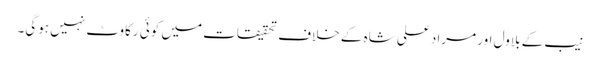
نیب کے بلاول اور مراد علی شاہ کے خلاف تحقیقات میں کوئی رکاوٹ نہیں ہوگی۔